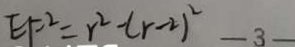
E F ^ { 2 } = r ^ { 2 } - ( r - 2 ) ^ { 2 }